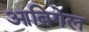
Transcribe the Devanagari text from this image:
आबिगेल